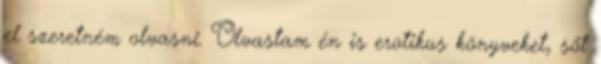
el szeretném olvasni. Olvastam én is erotikus könyveket, sőt